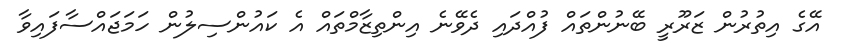
އޭގެ އިތުރުން ޒަރޫރީ ބޭނުންތައް ފުއްދައި ދެވޭނެ އިންތިޒާމްތައް އެ ކައުންސިލުން ހަމަޖައްސާފައިވާ